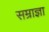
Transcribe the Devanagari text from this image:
सम्राज्ञा